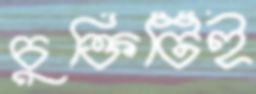
চুক্তিটিই